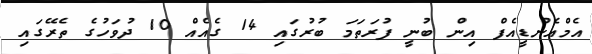
އެމްއެންޑީއެފް އިން ބުނީ ފުރަތަމަ ބުރުގައި 14 ގެއެއް 10 ދުވަހުގެ ތެރޭގައި